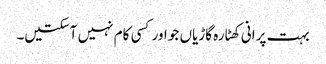
بہت پرانی کھٹارہ گاڑیاں جو اور کسی کام نہیں آسکتیں۔